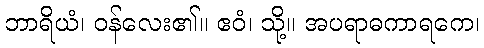
ဘာရိယံ၊ ဝန်လေး၏။ ဧဝံ၊ သို့။ အပရာဓကာရကေ၊